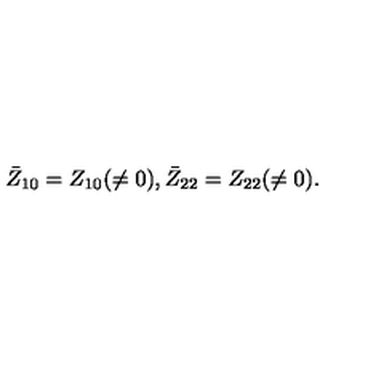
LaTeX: \bar { Z } _ { 1 0 } = Z _ { 1 0 } ( \neq 0 ) , \bar { Z } _ { 2 2 } = Z _ { 2 2 } ( \neq 0 ) .